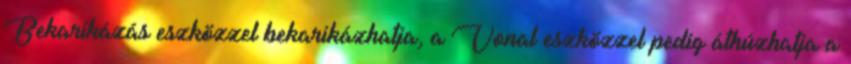
Bekarikázás eszközzel bekarikázhatja, a Vonal eszközzel pedig áthúzhatja a